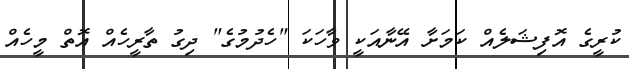
ކުރީގެ އޮފިޝަލެއް ކަމަށާ އޭނާއަކީ ވާހަކަ "ހެދުމުގެ" ދިގު ތާރީހެއް އޮތް މީހެއް